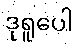
ဒုရူပေါ